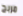
مربح